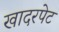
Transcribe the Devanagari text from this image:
खादरपेट